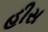
હીસ